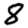
Digit: 8